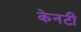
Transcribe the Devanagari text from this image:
केनटी